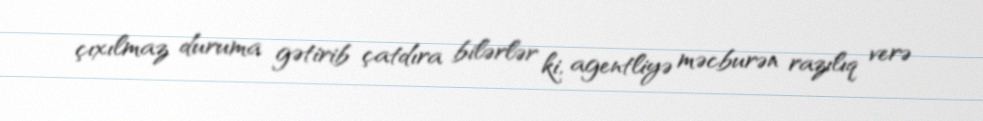
çıxılmaz duruma gətirib çatdıra bilərlər ki, agentliyə məcburən razılıq verə